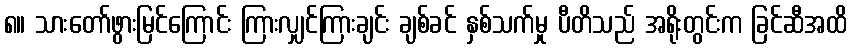
၈။ သားတော်ဖွားမြင်ကြောင်း ကြားလျှင်ကြားချင်း ချစ်ခင် နှစ်သက်မှု ပီတိသည် အရိုးတွင်းက ခြင်ဆီအထိ